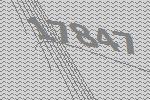
17847